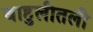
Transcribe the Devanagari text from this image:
बाहुलीतली